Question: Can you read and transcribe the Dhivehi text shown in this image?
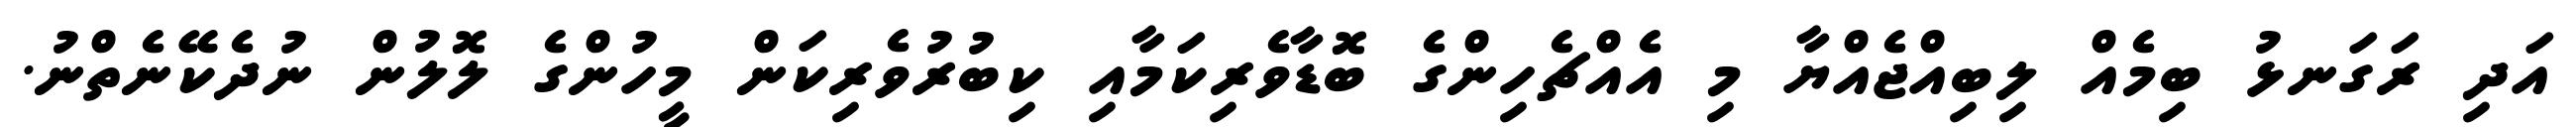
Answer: އަދި ރަގަނޅު ބިމެއް ލިބިއްޖެއްޔާ މި އެއްޗެހިންގެ ބޮޑާވެރިކަމާއި ކިބުރުވެރިކަން މީހުންގެ ލޮލުން ނުދެކޭނެތްނު.